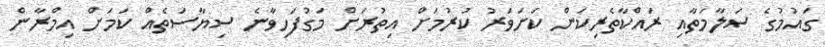
ގައުމުގެ ސަލާމަތާއި ރައްކާތެރިކަން ކަށަވަރު ކުރުމަށް އިތުރަށް މަގުފަހިވާނެ ސިޔާސަތެއް ކަމަށް އިމްރާން